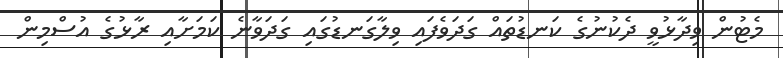
މެޓުން ވިދާޅުވީ ދެކުނުގެ ކަނޑުތައް ގަދަވެފައި ވިލާގަނޑުގައި ގަދަވާނެ ކަމަށާއި ރާޅުގެ އުސްމިން